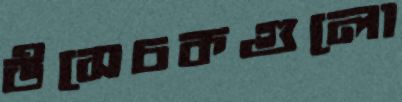
উসেচকগুলো